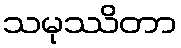
သမုဿိတာ